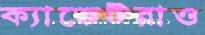
ক্যাডেটরাও